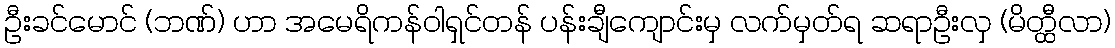
ဦးခင်မောင် (ဘဏ်) ဟာ အမေရိကန်ဝါရှင်တန် ပန်းချီကျောင်းမှ လက်မှတ်ရ ဆရာဦးလှ (မိတ္ထီလာ)